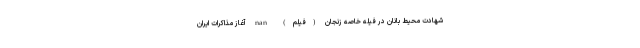
شهادت محیط بانان در فیله خاصه زنجان (فیلم) nan آغاز مذاکرات ایران